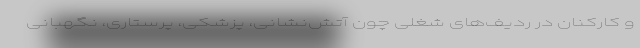
و کارکنان در ردیف‌های شغلی چون آتش‌نشانی، پزشکی، پرستاری، نگهبانی